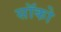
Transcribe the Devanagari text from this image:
सॉको